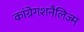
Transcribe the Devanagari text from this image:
कांग्रेगशनैलिज्म